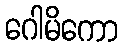
ဂေါမိကော